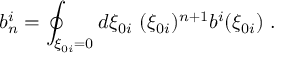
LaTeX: b _ { n } ^ { i } = \oint _ { \xi _ { 0 i } = 0 } d \xi _ { 0 i } \ ( \xi _ { 0 i } ) ^ { n + 1 } b ^ { i } ( \xi _ { 0 i } ) \ .